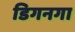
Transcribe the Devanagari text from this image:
डिगनगा